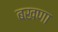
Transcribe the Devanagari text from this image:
बखणा